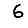
Digit: 6